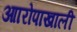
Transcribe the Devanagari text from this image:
आारोपाखाली